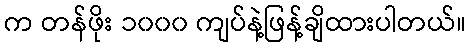
က တန်ဖိုး ၁၀၀၀ ကျပ်နဲ့ဖြန့်ချိထားပါတယ်။